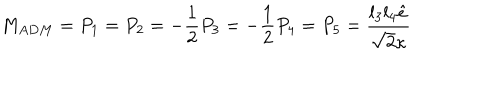
M _ { A D M } = P _ { 1 } = P _ { 2 } = - \frac 1 2 P _ { 3 } = - \frac 1 2 P _ { 4 } = P _ { 5 } = \frac { l _ { 3 } l _ { 4 } \hat { e } } { \sqrt { 2 } \kappa }